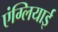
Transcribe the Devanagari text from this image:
एंग्लियाई